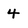
Character: 4